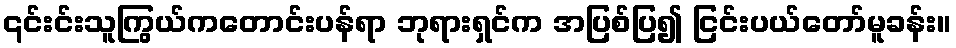
၎င်းင်းသူကြွယ်ကတောင်းပန်ရာ ဘုရားရှင်က အပြစ်ပြ၍ ငြင်းပယ်တော်မူခန်း။